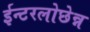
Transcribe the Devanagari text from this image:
ईन्टरलोछेन्न